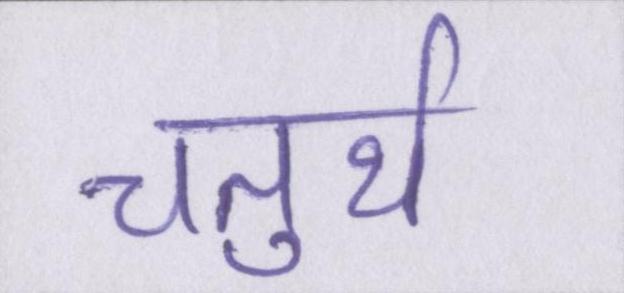
चतुर्थ